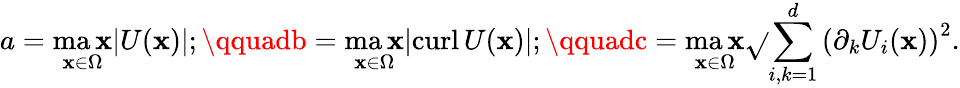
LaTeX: a=\operatorname*{ma\mathbf{x}}_{\mathbf{x}\in\Omega}|U(\mathbf{x})|;\qquadb=\operatorname*{ma\mathbf{x}}_{\mathbf{x}\in\Omega}|\mathrm{{curl}}\, U(\mathbf{x})|;\qquadc=\operatorname*{ma\mathbf{x}}_{\mathbf{x}\in\Omega}\sqrt{}{{\sum_{i,k=1}^{d}\left(\partial_{k}U_{i}(\mathbf{x})\right)^{2}}}.